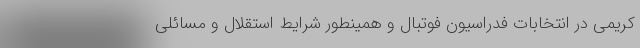
کریمی در انتخابات فدراسیون فوتبال و همینطور شرایط استقلال و مسائلی